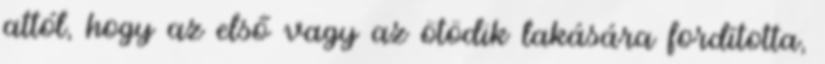
attól, hogy az első vagy az ötödik lakására fordította,